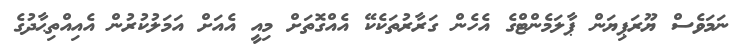
ނަމަވެސް ޔޫރަޕިޔަން ޕާލަމެންޓްގެ އެހެން ގަރާރުތަކެކޭ އެއްގޮތަށް މިއީ އެއަށް އަމަލުކުރުން އެއިއްތިޙާދުގެ